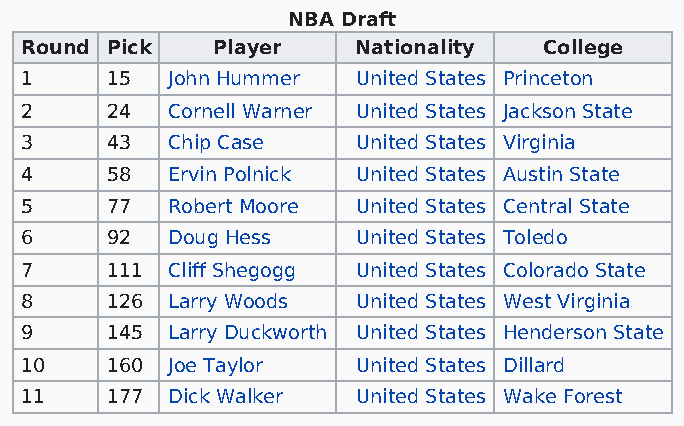
NBA Draft
 Round Pick   Player    Nationality College
 1     15  John Hummer  United States Princeton
 2     24  Cornell Warner United States Jackson State
 3     43  Chip Case    United States Virginia
 4     58  Ervin Polnick United States Austin State
 5     77  Robert Moore United States Central State
 6     92  Doug Hess    United States Toledo
 7     111 Cliff Shegogg United States Colorado State
 8     126 Larry Woods  United States West Virginia
 9     145 Larry Duckworth United States Henderson State
 10    160 Joe Taylor   United States Dillard
 11    177 Dick Walker  United States Wake Forest